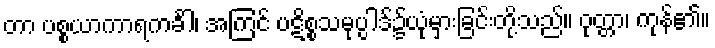
တာ ပစ္စယာကာရကင်္ခါ၊ အကြင် ပဋိစ္စသမုပ္ပါဒ်၌ယုံမှားခြင်းတို့သည်။ ဝုတ္တာ၊ ကုန်၏။